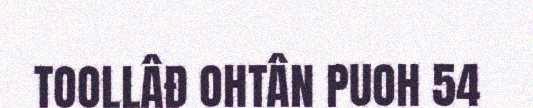
TOOLLÂĐ OHTÂN PUOH 54